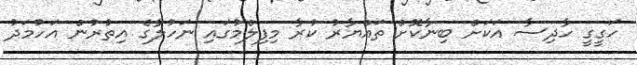
ހަގީގީ ހާދިސާ އަކަށް ބިނާކޮށް ތައްޔާރު ކުރާ މިފިލްމުގައި ނަހުލާގެ އިތުރުން އަހުމަދު